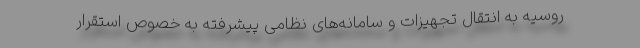
روسیه به انتقال تجهیزات و سامانه‌های نظامی پیشرفته به خصوص استقرار